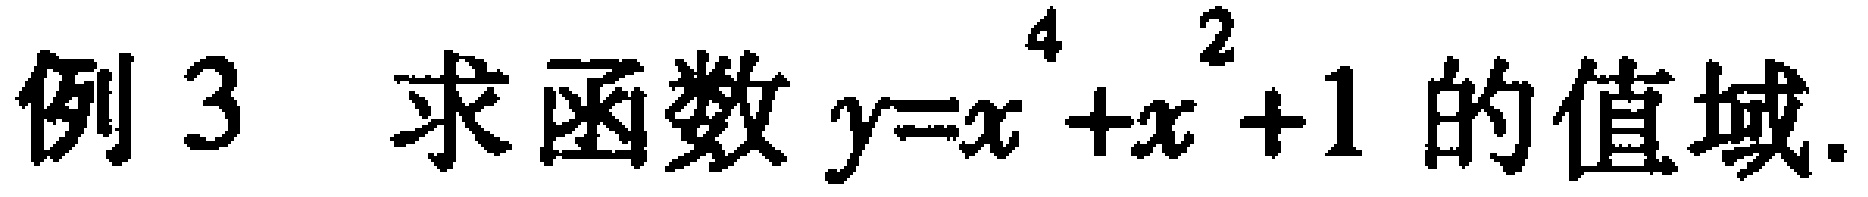
例 3 求函数 \(y = x^{4}+x^{2}+1\) 的值域.